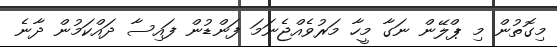
މިގޮތުން މި ޕްލޭން ނަގާ މީހާ މަރުވެއްޖެނަމަ ފަންޑުން ފައިސާ ދައްކަމުން ދާނެ